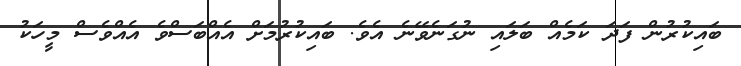
ބައިކުރުން ފަދަ ކަމެއް ބަލައި ނުގަނެވޭނެ އެވެ. ބައިކުރުމަށް އެއްބަސްވެ އެއްވެސް މީހަކު